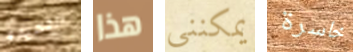
القصيدة هذا يمكنني خاسرة